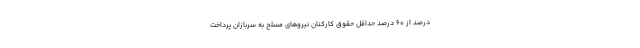
درصد از ۶۰ درصد حداقل حقوق کارکنان نیروهای مسلح به سربازان پرداخت